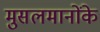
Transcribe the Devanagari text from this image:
मुसलमानोंके